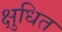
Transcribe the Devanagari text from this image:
क्षुधित